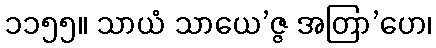
၁၁၅၅။ သာယံ သာယေ’ဇ္ဇ အတြာ’ဟေ၊